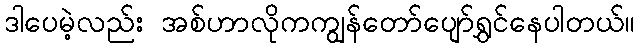
ဒါပေမဲ့လည်း အစ်ဟာလိုကကျွန်တော်ပျော်ရွှင်နေပါတယ်။